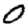
Digit: 0